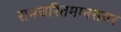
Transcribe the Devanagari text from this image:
रामचरितमानसवर